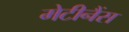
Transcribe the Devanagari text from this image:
मेटीनैंस